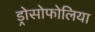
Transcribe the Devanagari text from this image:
ड्रोसोफोलिया